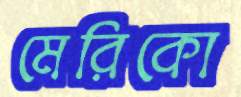
মেরিকো